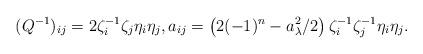
LaTeX: \begin{align*}(Q^{-1})_{ij}=2\zeta_i^{-1}\zeta_j\eta_i\eta_j,a_{ij}=\left(2(-1)^n-a_\lambda^2/2\right)\zeta_i^{-1}\zeta_j^{-1}\eta_i\eta_j.\end{align*}